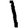
Digit: 1